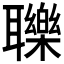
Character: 𦘈